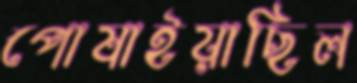
পোষাইয়াছিল